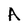
Character: A